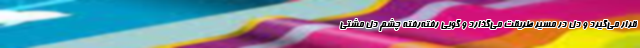
قرار می‌گیرد و دل در مسیر طریقت می‌گذارد و گویی رفته‌رفته چشم دل مشتی